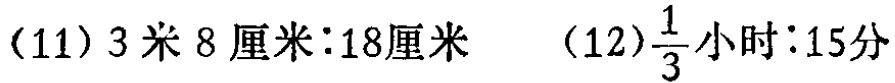
(11) \(3\text{米}8\text{厘米}:18\text{厘米}\)  (12) \(\frac{1}{3}\text{小时}:15\text{分}\)